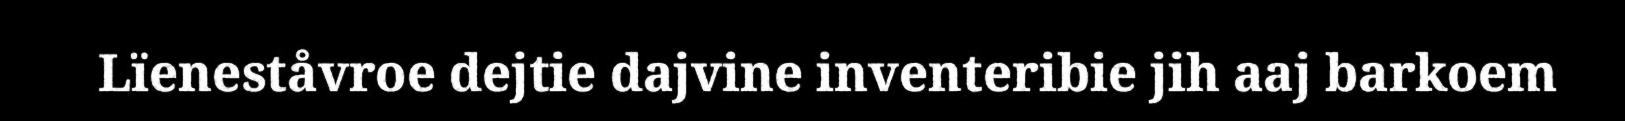
Lïeneståvroe dejtie dajvine inventeribie jih aaj barkoem